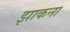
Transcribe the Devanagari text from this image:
झाकना